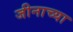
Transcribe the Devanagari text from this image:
जीनाच्या